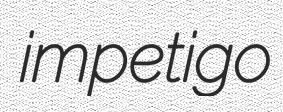
impetigo